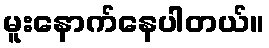
မူးနောက်နေပါတယ်။